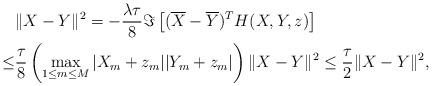
LaTeX: \begin{align*}&\|X-Y\|^2=-\frac{\lambda\tau}8\Im\left[(\overline{X}-\overline{Y})^TH(X,Y,z)\right]\\\leq&\frac\tau8\left(\max_{1\le m\le M}|X_m+z_m||Y_m+z_m|\right)\|X-Y\|^2\le\frac{\tau}2\|X-Y\|^2,\end{align*}